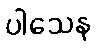
ပါသေန